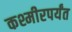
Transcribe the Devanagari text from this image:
कश्मीरपर्यंत